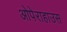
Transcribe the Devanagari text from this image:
ओपेराहाउस